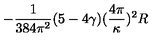
- \frac { 1 } { 3 8 4 \pi ^ { 2 } } ( 5 - 4 \gamma ) ( \frac { 4 \pi } { \kappa } ) ^ { 2 } R